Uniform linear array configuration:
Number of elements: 48
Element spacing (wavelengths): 1
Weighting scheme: exponential
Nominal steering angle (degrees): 0
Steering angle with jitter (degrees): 1.68
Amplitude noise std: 0.05
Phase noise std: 0.05

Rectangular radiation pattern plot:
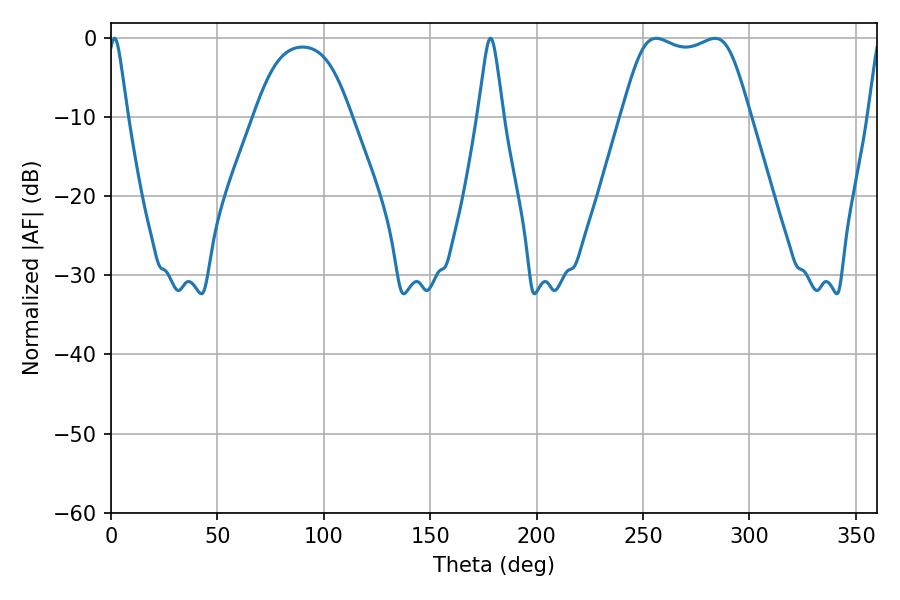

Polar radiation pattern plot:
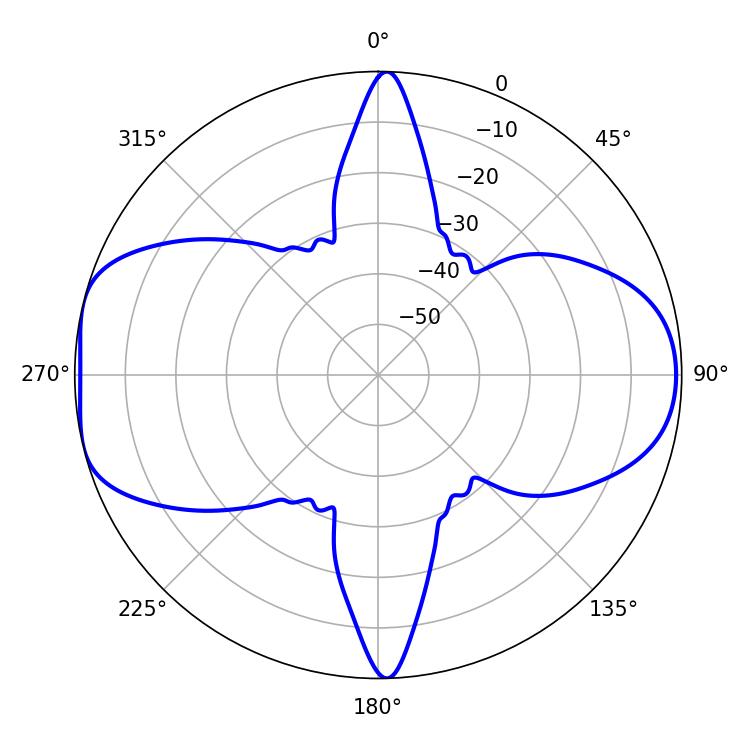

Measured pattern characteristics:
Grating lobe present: TRUE
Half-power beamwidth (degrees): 45.72
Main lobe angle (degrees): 256.14